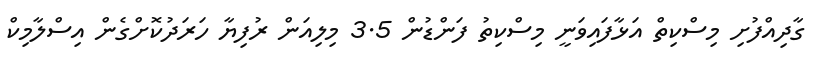
ގާދިއްފުށި މިސްކިތް އަޅާފައިވަނީ މިސްކިތު ފަންޑުން 3.5 މިލިއަން ރުފިޔާ ހަރަދުކޮށްގެން އިސްލާމިކް